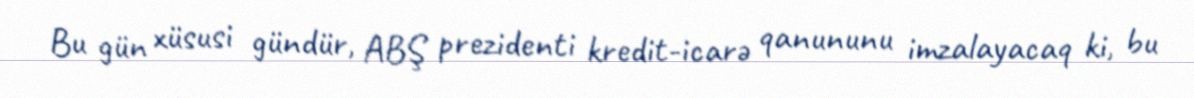
Bu gün xüsusi gündür, ABŞ prezidenti kredit-icarə qanununu imzalayacaq ki, bu